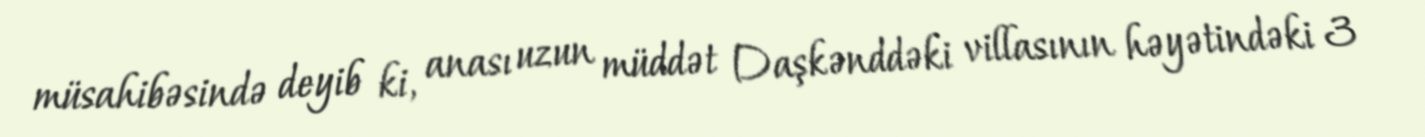
müsahibəsində deyib ki, anası uzun müddət Daşkənddəki villasının həyətindəki 3